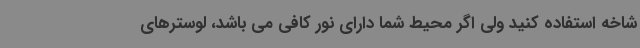
شاخه استفاده کنید ولی اگر محیط شما دارای نور کافی می باشد، لوسترهای